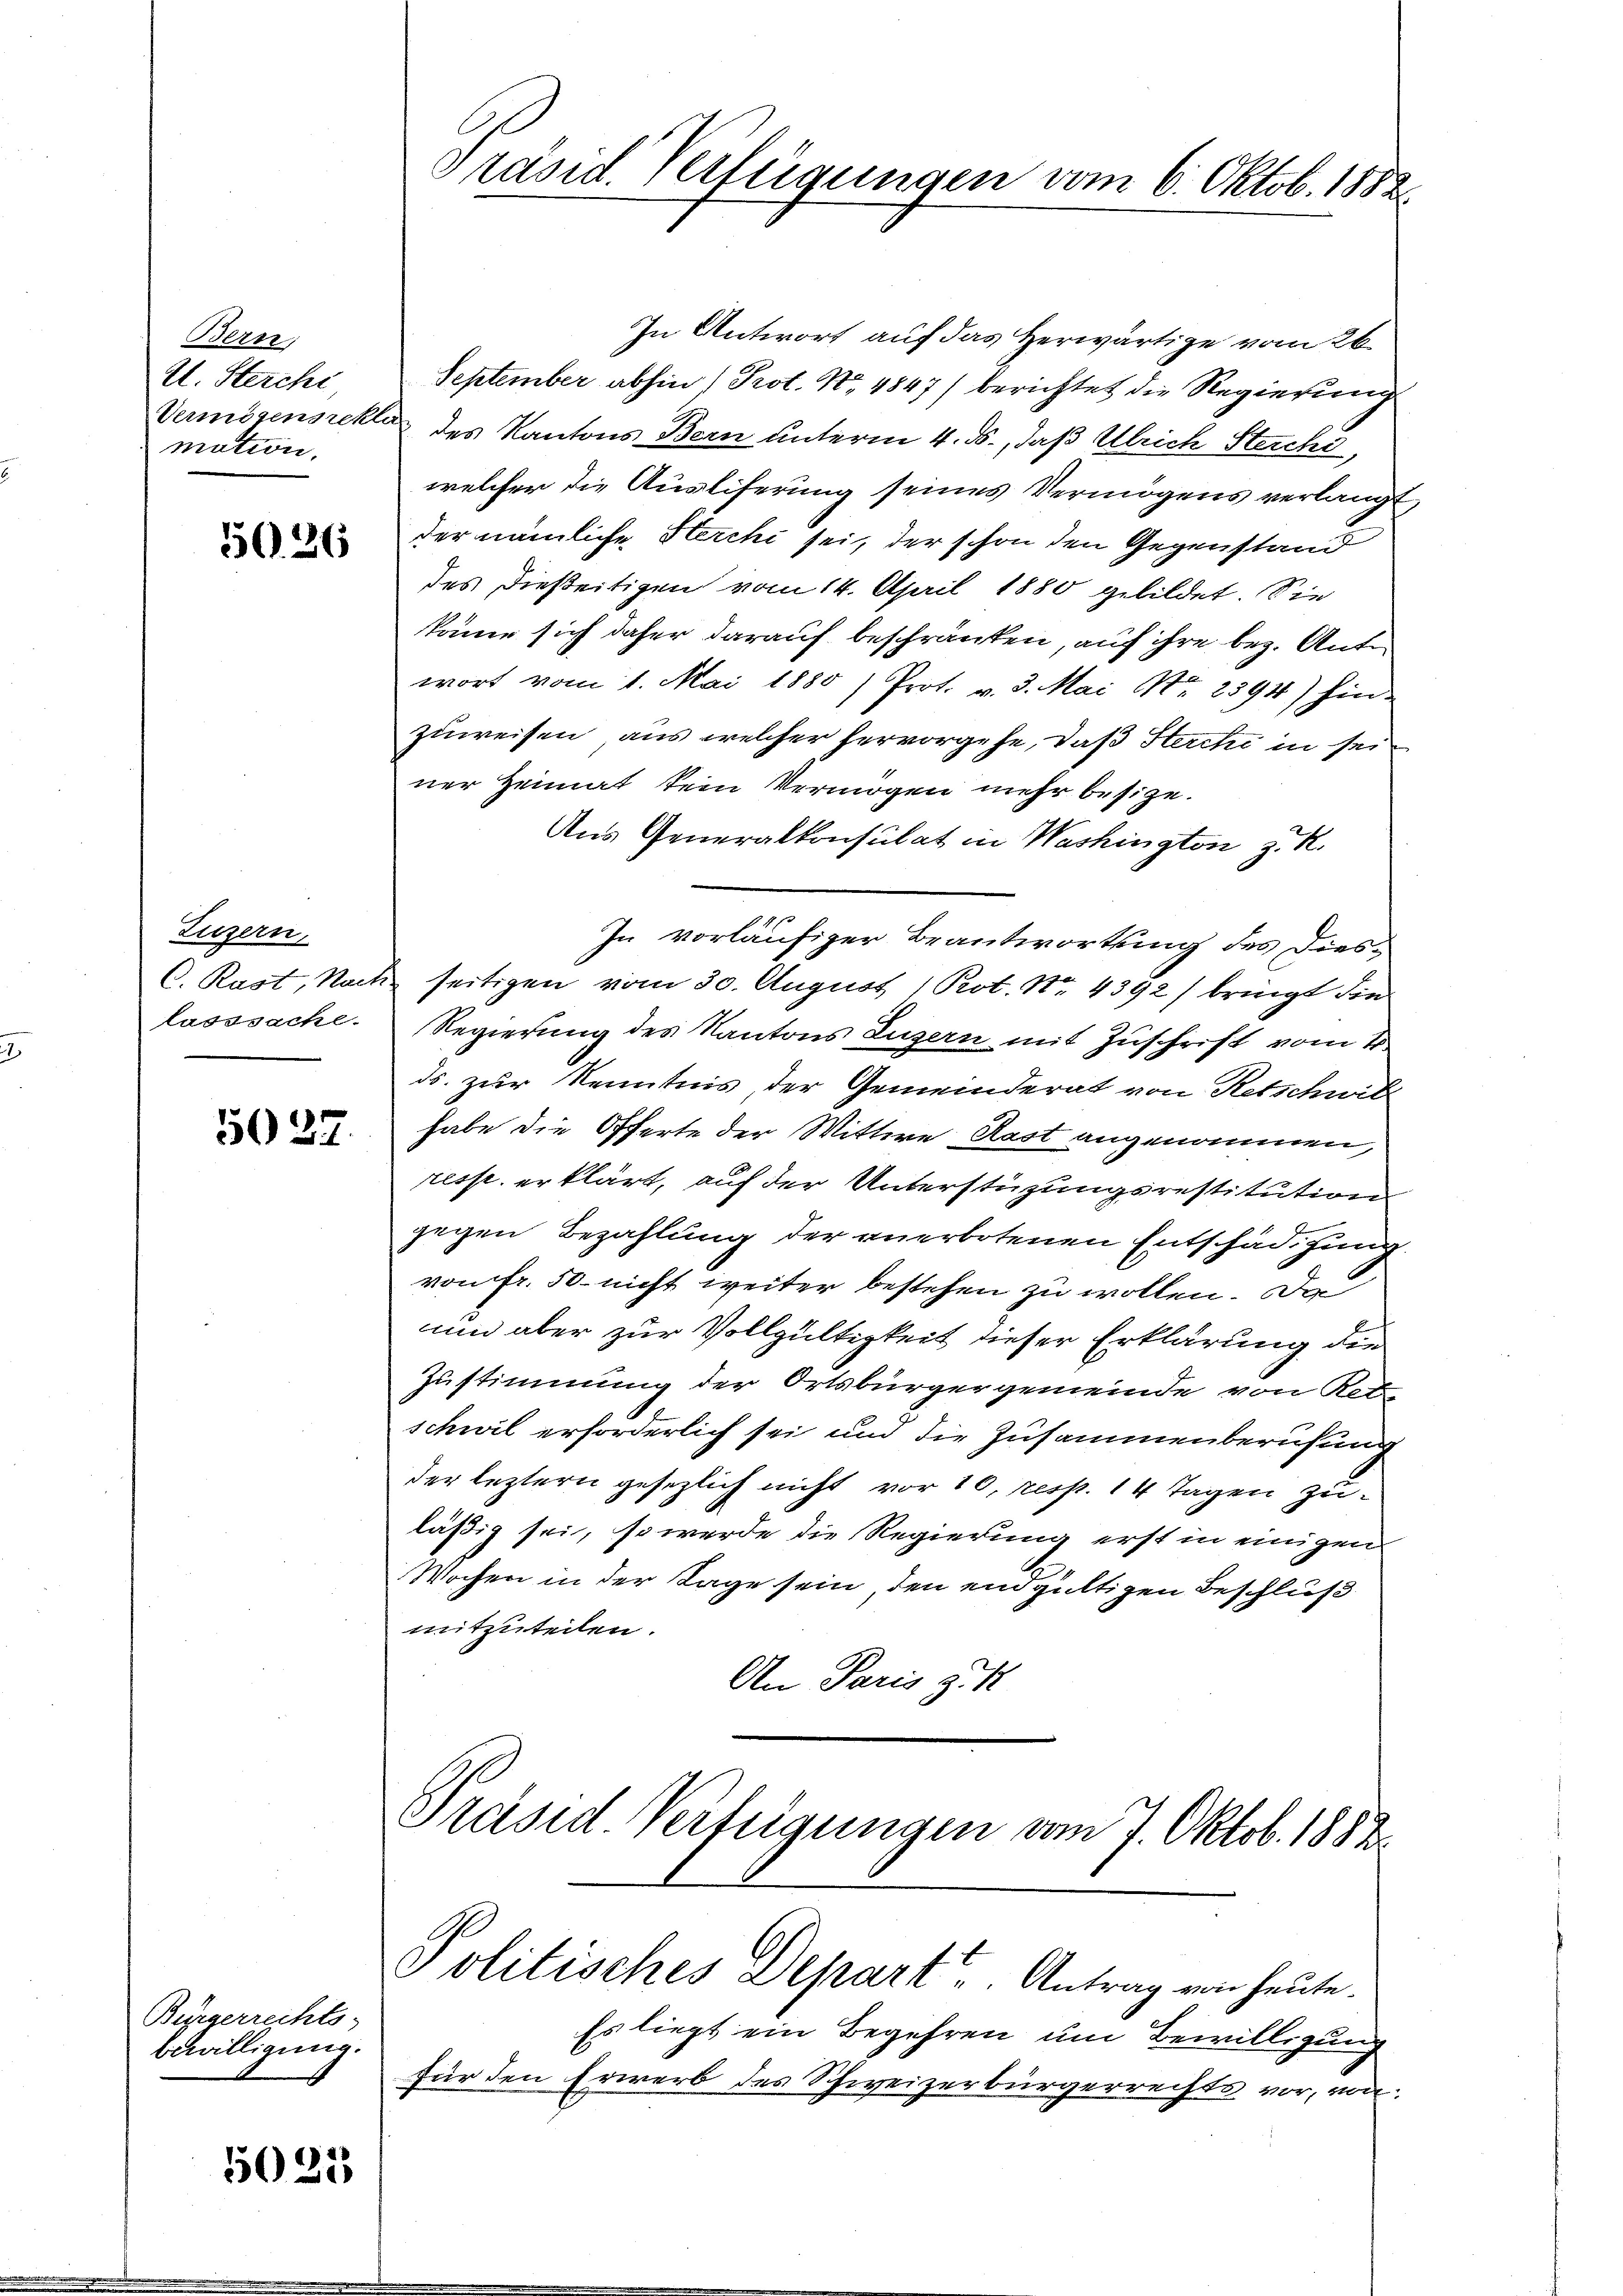
Bern;
U. Sterche
Vermögensrekti
mation.

5626

Luzern,
C. Rast, Nach
lusssache.

5037.

Bürgerrechts-
Bewilligung.

5023

Präsid. Verfügungen vom 6. Oktob. 1882.

In Antwort auf das Herwärtige vom 26.
September abhin (Prot. No 4847) berichtet die Regierung
des Kantons Bern unterm 4. ds., daß Ulrich Sterchi
welcher die Ausliferung seines Vermögens verlangt
der nämliche Herchi sei, der schon den Gegenstand
des dießeitigen vom 14. April 1880 gebildet. Sie
könne sich daher darauf beschränken, auf ihre bez. Antowort vom 1. Mai 1880 / Prot. v. 3. Mai Nr. 2594) hin-
zuweisen, aus welcher hervorgehe, daß Sterche in seiner Heimat kein Vermögen mehr besize.
Aus Generalkonsulat in Washington z. R.
In vorläufiger Beantwortung des Diesseitigen vom 30. August 1 Pot. No 4392/ bringt die
Regierung des Kantons Luzern mit Zuschrift vom 2
ds. zur Kenntnis der Gemeinderat von Retschwitz
habe die Offerte der Wittwe Kast angenommen,
resse erklärt, auf der Unterstüzungsrestitution
gegen Bezahlung der anerbotenen Entschädigung.
von Fr. 50. nicht weiter bestehen zu wollen. Da
um aber zur Vollgültigkeit dieser Erklärung die
Zustimmung der Ortsbürgergemeinde von Retr
schwil erforderlich sei und die Zusammenberufung
der leztern gesezlich nicht vor 10, resp. 14 Tagen zuläßig sei, so werde die Regierung erst in einigen
Wochen in der Tage sein, den endgültigen Beschluß
mitzuteilen.
An Paris zu
Präsid Verfügungen vom 7. Oktob. 1882.

Politisches Depart u. Antrag von heute.

Es liegt ein Begehren um Bewilligung
für den Erwerb des Schweizerbürgerrechts vor, von